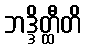
ဘဒ္ဒိတ္ထီတိ